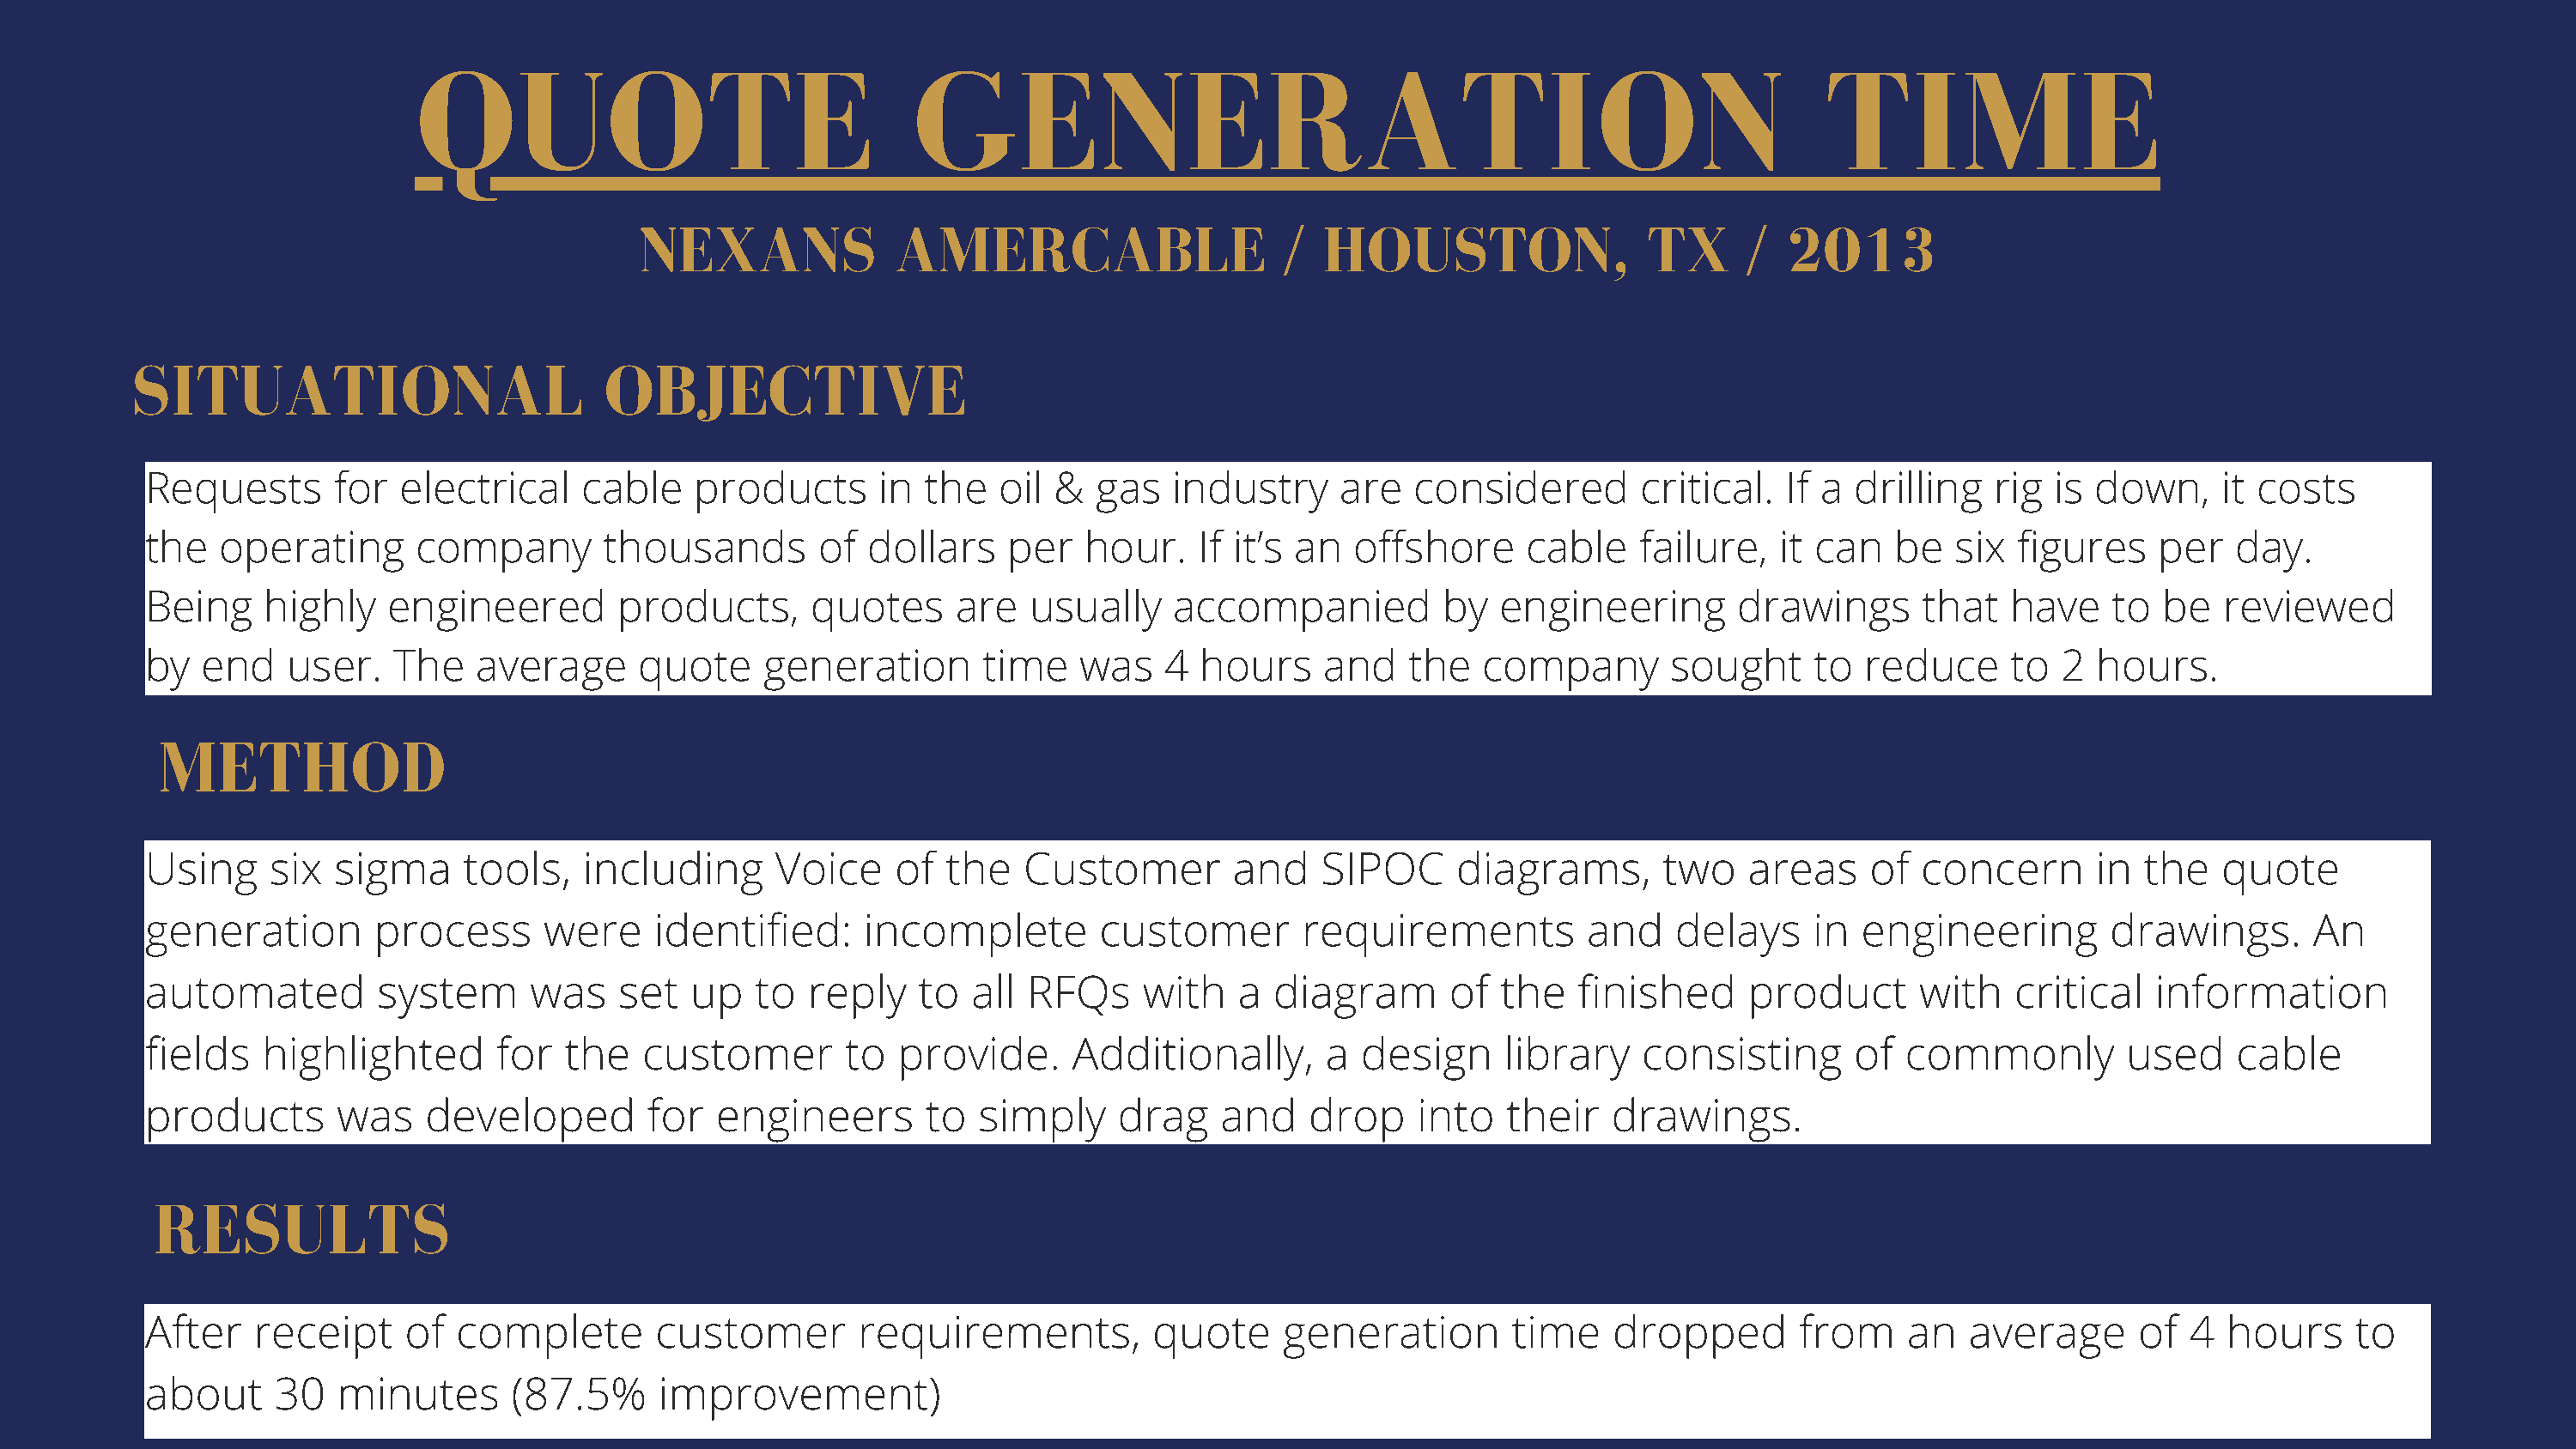
QUOTE                                 GENERATION                                                             TIME
 NEXANS              AMERCABLE                     /  HOUSTON,                 TX      /  2013
 SITUATIONAL                          OBJECTIVE
 Requests       for  electrical    cable    products      in the   oil &   gas  industry     are   considered        critical.  If a drilling   rig  is down,     it costs
 the   operating      company        thousands       of  dollars    per   hour.    If it’s an offshore      cable    failure,  it can   be   six  figures    per   day.
 Being    highly    engineered        products,      quotes     are  usually     accompanied         by   engineering       drawings      that   have    to  be   reviewed
 by   end   user.   The    average     quote     generation       time   was    4  hours    and    the  company        sought     to  reduce     to  2  hours.
 METHOD
 Using     six  sigma     tools,   including      Voice    of  the   Customer        and    SIPOC     diagrams,       two    areas    of  concern       in the   quote
 generation        process      were    identified:      incomplete        customer       requirements          and    delays     in engineering         drawings.      An
 automated         system      was    set  up   to  reply    to  all RFQs     with   a  diagram       of  the   finished     product      with   critical   information
 fields   highlighted       for   the   customer       to  provide.      Additionally,      a  design     library    consisting      of  commonly         used    cable
 products       was    developed        for  engineers       to  simply     drag    and    drop    into   their   drawings.
 RESULTS
 After    receipt    of  complete        customer       requirements,          quote     generation        time   dropped        from    an   average      of  4  hours     to
 about     30   minutes      (87.5%      improvement)